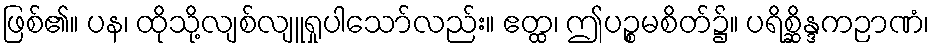
ဖြစ်၏။ ပန၊ ထိုသို့လျစ်လျူရှုပါသော်လည်း။ ဧတ္ထ၊ ဤပဉ္စမစိတ်၌။ ပရိစ္ဆိန္ဒကဉာဏံ၊